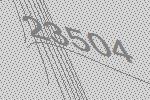
23504